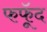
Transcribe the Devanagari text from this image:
फफूॅद